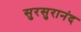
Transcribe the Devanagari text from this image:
सुरसुरानंद